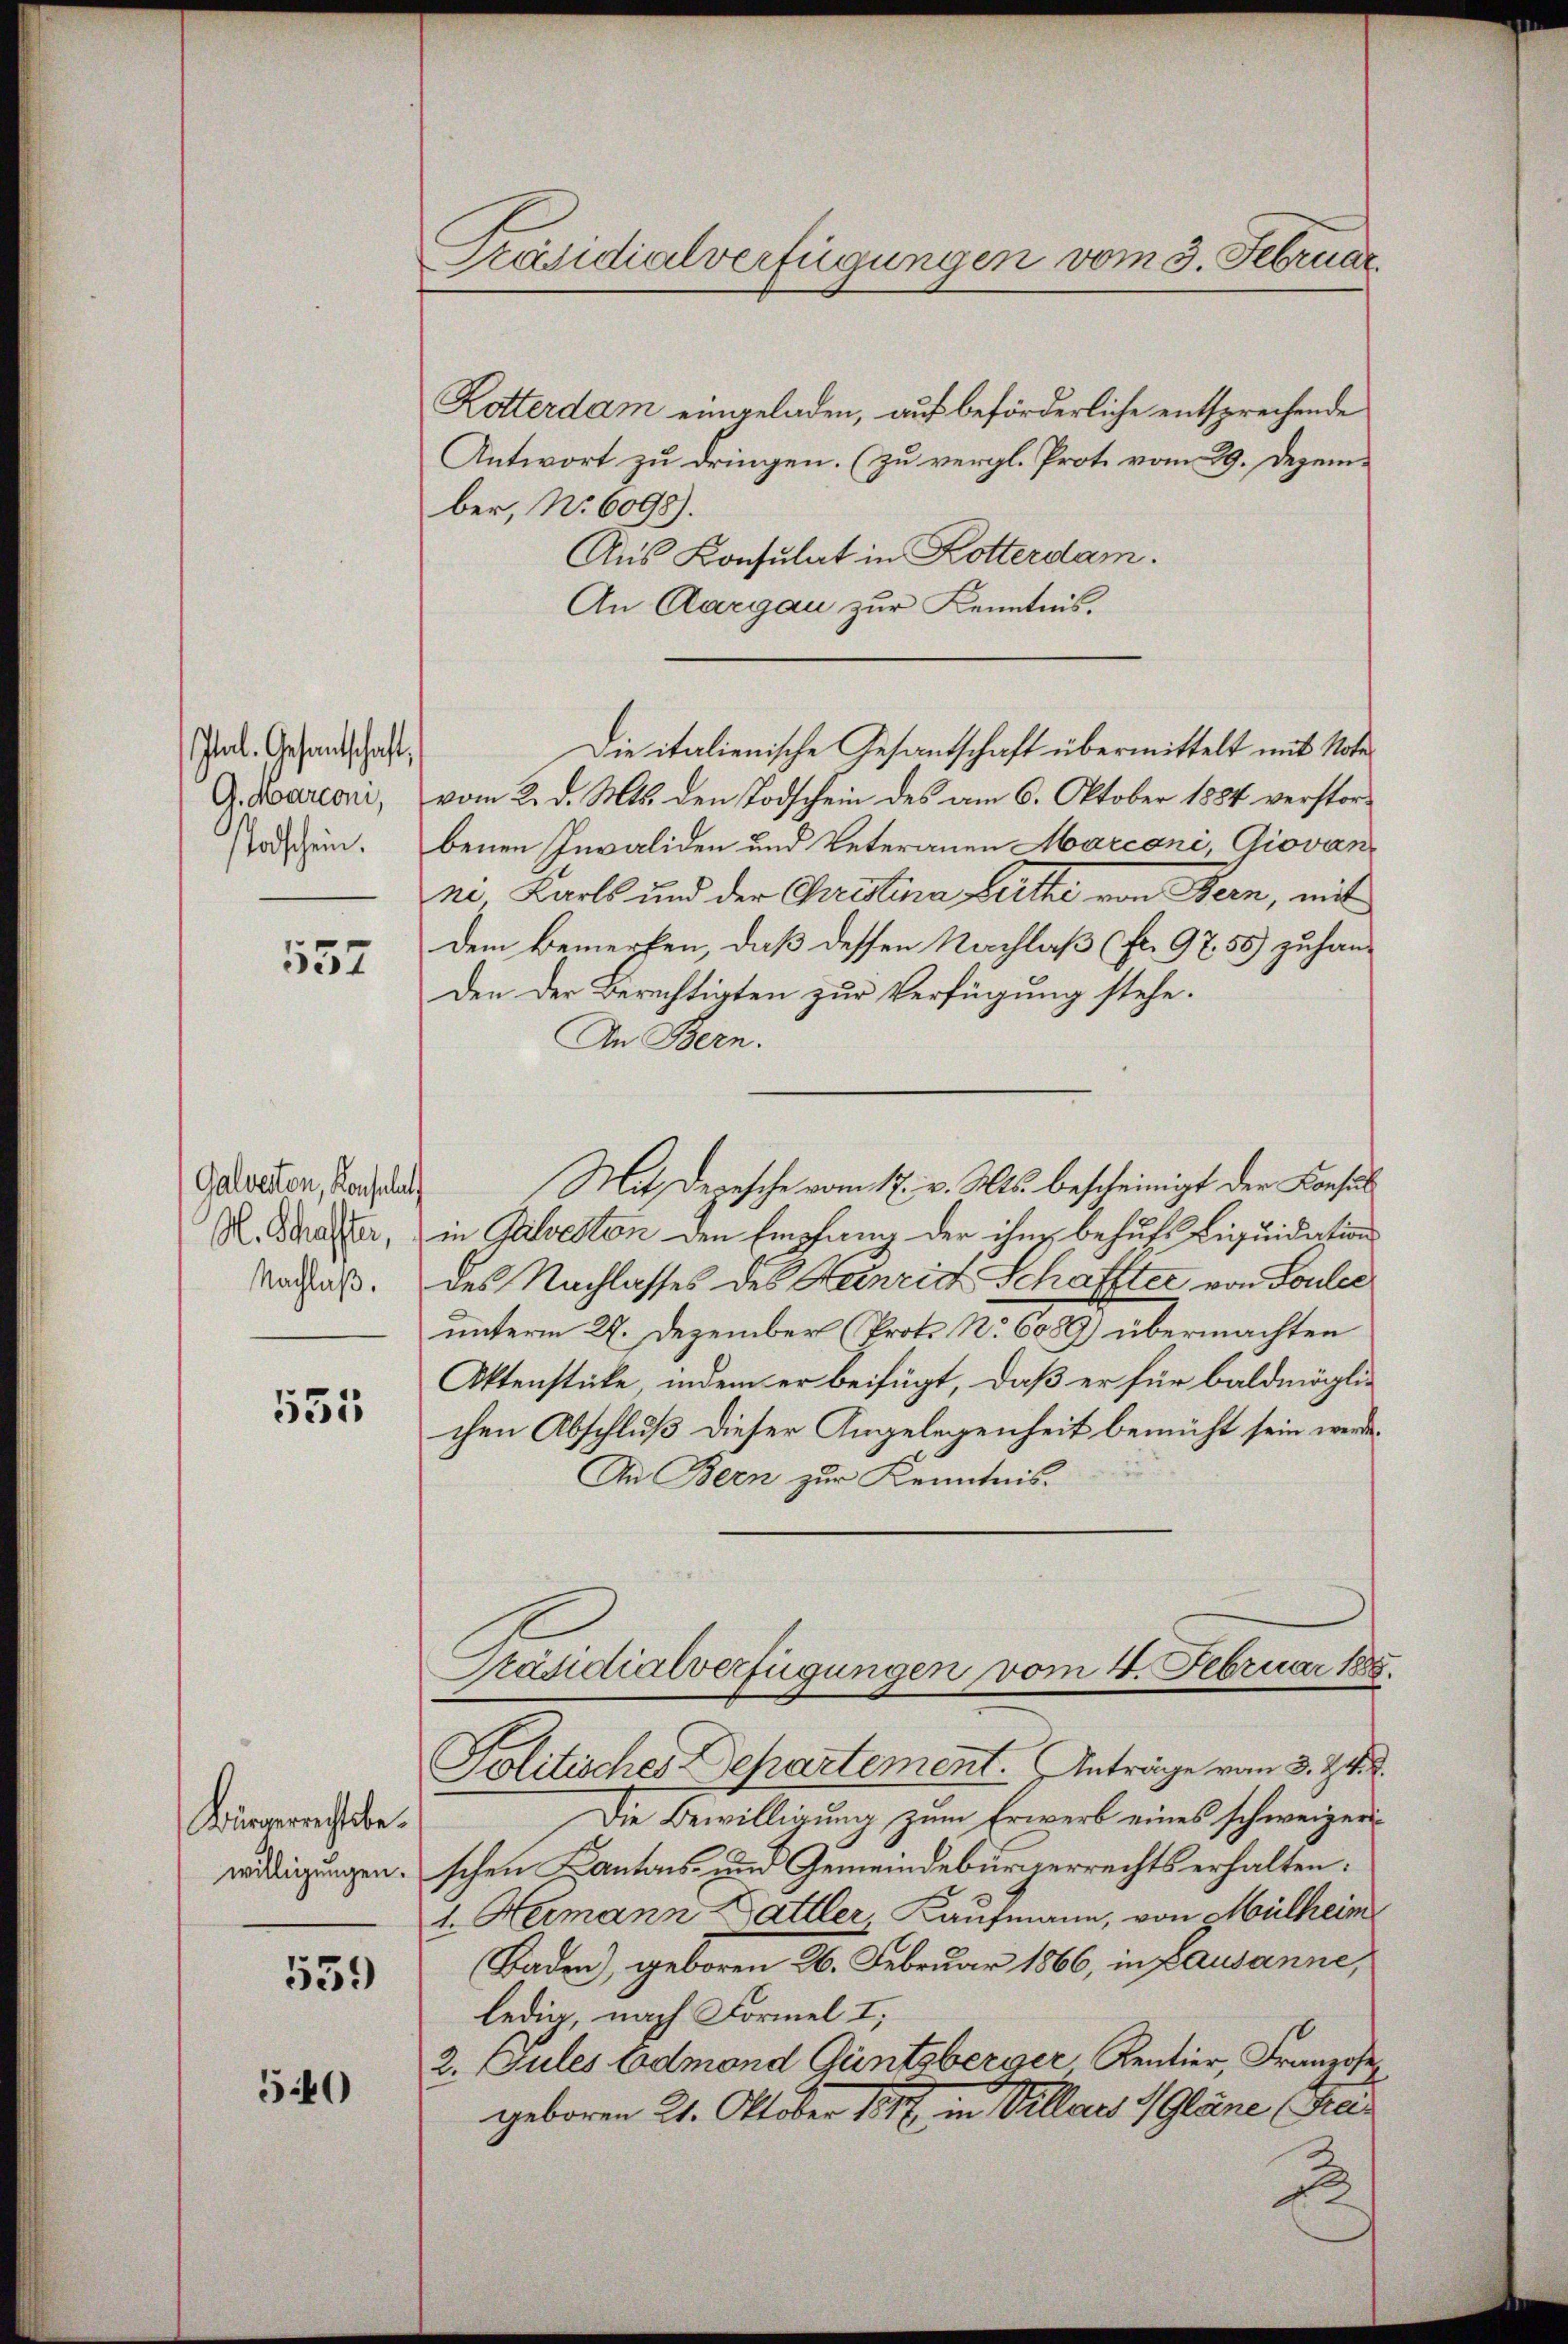
Plal. Gesandtschaft,
G. Marconi,
Todschein.

557

Galverten, Konsulat
H. Schaffter,
Nachlaß.

531

Bürgerrechtsbewilligungen.

559

540

Präsidialverfügungen vom 3. Februar.

Kotterdam eingeladen, auf beförderliche entsprechende
Antwort zu dringen. (zu vergl. Prot. vom 29. Dezem-
ber, No 6098).
Aus Konsulat in Kotterdam.
An Aargau zur Kenntnis.
vom 2. d. Mts. den Todschein des am 6. Oktober 1884 verstorbenen Invaliden und Veteranen Marconi, Giovanne Karls und der Quistina Berthe von Bern, mit
dem Bemerken, daß dessen Nachlaß (fr. 9758) zu handen der Berichtigten zur Verfügung stehe.
An Bern.
in Gailveston den Empfang der ihn behufs Liquidation
des Nachlasses des Henrie Schaffter von Souler
unterm 27. Dezember (Proto No. 6089) übermachten
Aktenstücke, indem er beifügt, daß er für baldmöglic
chen Abschluß dieser Angelegenheit bemüht sein werde.
An Bern zur Kenntnis.
Präsidialverfügungen vom 4. Februar 1885.
Politisches Departement. Anträge vom 3. 24. d.
Die Bewilligung zum Erwerb eines schweizer
schen Kantons- und Gemeindebürgerrechts erhalten:
1. Hermann Sattler Kaufmann, von Mülheim
Baden), geboren 26. Februar 1866, in pausanne,
ledig, nach Formel I,
2. Jules Admond Güntsberger Rentier, Franzose
geboren 21. Oktober 1897 in Villeres Gläne (Frei¬
.

Die italienische Gesantschaft übermittelt mit Note¬

Mit Depesche vom 17. v. Mts. bescheinigt der Konsul